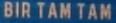
BIR TAM TAM